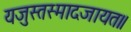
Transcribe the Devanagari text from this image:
यजुस्तस्मादजायत॥